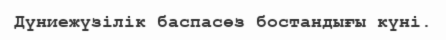
Дүниежүзілік баспасөз бостандығы күні.